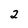
Character: 2